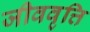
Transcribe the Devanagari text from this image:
जीववृत्ति